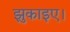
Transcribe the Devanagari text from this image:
झुकाइए।